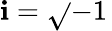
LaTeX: \mathbf{i}={\sqrt{}{{-1\, }}}